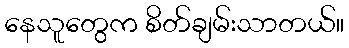
နေသူတွေက စိတ်ချမ်းသာတယ်။